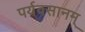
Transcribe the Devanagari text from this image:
पर्यवसानम्